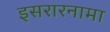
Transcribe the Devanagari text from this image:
इसरारनामा